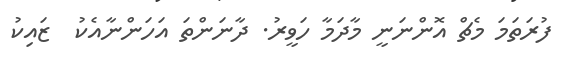
ފުރަތަމަ މެޗް އޮންނަނީ މާދަމާ ހަވީރު. ދާނަންތަ އަހަންނާއެކު  ޒައިކު